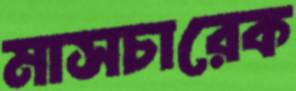
মাসচারেক